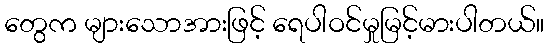
တွေက များသောအားဖြင့် ရေပါဝင်မှုမြင့်မားပါတယ်။